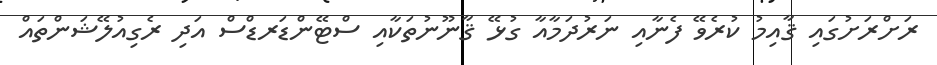
ރަށްރަށުގައި ޤާއިމު ކުރެވޭ ފެނާއި ނަރުދަމާއާ ގުޅޭ ޤާނޫނުތަކާއި ސްޓޭންޑަރޑްސް އަދި ރެގިއުލޭޝަންތައް